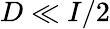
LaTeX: D\ll I/2